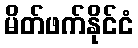
မိတ်ဖက်နိုင်ငံ